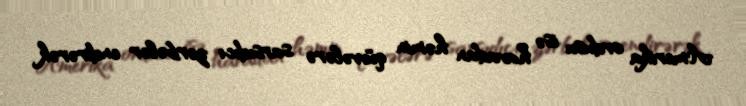
Amerika ordusu isə havadan həmin qüvvələrə sarsıdıcı zərbələr endirərək